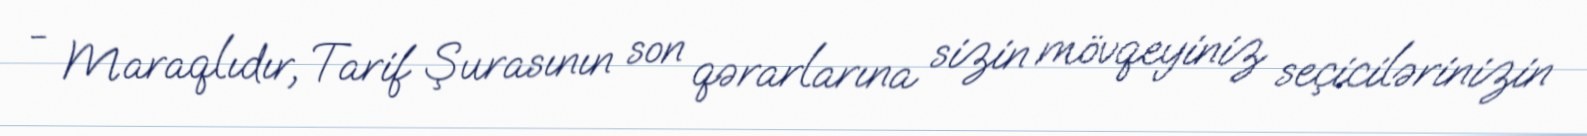
- Maraqlıdır, Tarif Şurasının son qərarlarına sizin mövqeyiniz seçicilərinizin